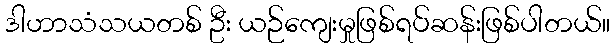
ဒါဟာသံသယတစ် ဦး ယဉ်ကျေးမှုဖြစ်ရပ်ဆန်းဖြစ်ပါတယ်။